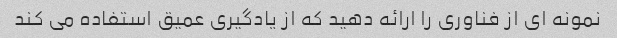
نمونه ای از فناوری را ارائه دهید که از یادگیری عمیق استفاده می کند